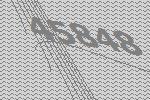
45848